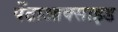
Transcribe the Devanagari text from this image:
पेंटाआक्साइड